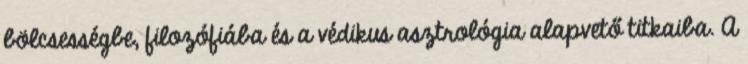
bölcsességbe, filozófiába és a védikus asztrológia alapvető titkaiba. A